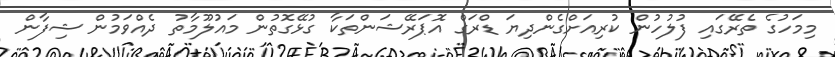
މިމަހުގެ ތެރޭގައި ފުލުހުން ކުރިއަށްގެންދިޔަ ޑްރަގް އޮޕަރޭޝަންތަކާ ގުޅޭގޮތުން މައުލޫމާތު ދެއްވަމުން ޝިފާން